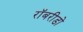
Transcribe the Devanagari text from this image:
रॉबरीडो